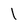
Character: 1